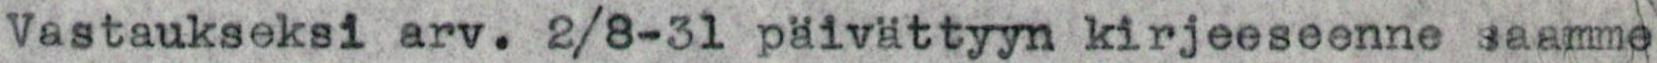
Vastaukseksi arv. 2/8-31 päivättyyn kirjeeseenne saamme